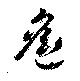
遙